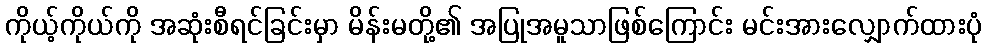
ကိုယ့်ကိုယ်ကို အဆုံးစီရင်ခြင်းမှာ မိန်းမတို့၏ အပြုအမူသာဖြစ်ကြောင်း မင်းအားလျှောက်ထားပုံ